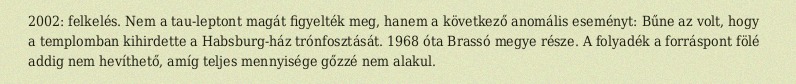
2002: felkelés. Nem a tau-leptont magát figyelték meg, hanem a következő anomális eseményt: Bűne az volt, hogy a templomban kihirdette a Habsburg-ház trónfosztását. 1968 óta Brassó megye része. A folyadék a forráspont fölé addig nem hevíthető, amíg teljes mennyisége gőzzé nem alakul.